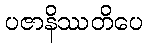
ပဇာနိဿတိပေ